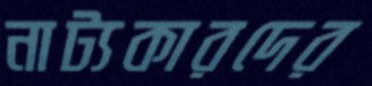
নাট্যকারদের